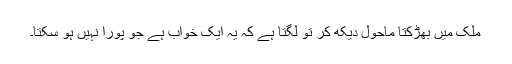
ملک میں بھڑکتا ماحول دیکھ کر تو لگتا ہے کہ یہ ایک خواب ہے جو پورا نہیں ہو سکتا۔